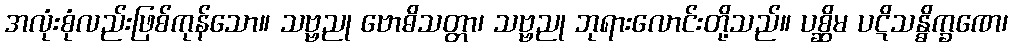
အလုံးစုံလည်းဖြစ်ကုန်သော။ သဗ္ဗညု ဗောဓိသတ္တာ၊ သဗ္ဗညု ဘုရားလောင်းတို့သည်။ ပစ္ဆိမ ပဋိသန္ဓိက္ခဏေ၊